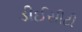
ડીઈસીટી